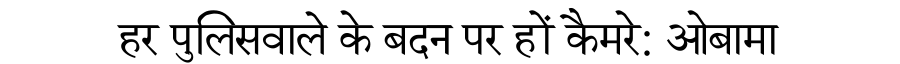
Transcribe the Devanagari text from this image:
हर पुलिसवाले के बदन पर हों कैमरे: ओबामा